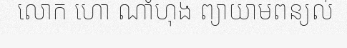
លោក ហោ ណាំហុង ព្យាយាមពន្យល់